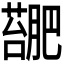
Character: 𫉳